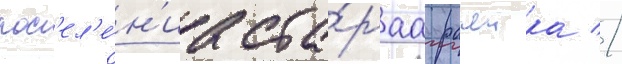
пос'ел'е́н'иа ста́раа рачеика //